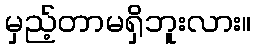
မှည့်တာမရှိဘူးလား။